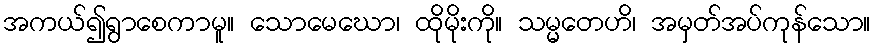
အကယ်၍ရွာစေကာမူ။ သောမေဃော၊ ထိုမိုးကို။ သမ္မတေဟိ၊ အမှတ်အပ်ကုန်သော။